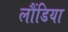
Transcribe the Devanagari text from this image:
लौंडिया